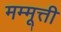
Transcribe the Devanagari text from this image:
मम्मूत्ती